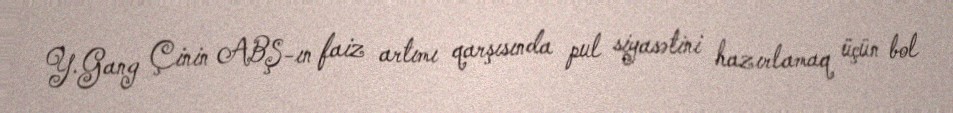
Y.Gang Çinin ABŞ-ın faiz artımı qarşısında pul siyasətini hazırlamaq üçün bol